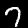
Digit: 7